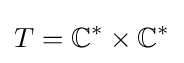
T=\mathbb {C} ^{*}\times \mathbb {C} ^{*}